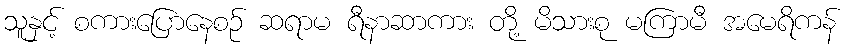
သူနှင့် စကားပြောနေစဉ် ဆရာမ ရီနာဆာကား တို့ မိသားစု မကြာမီ အမေရိကန်